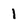
Character: 1